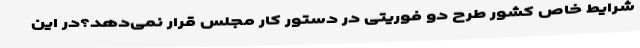
شرایط خاص کشور طرح دو فوریتی در دستور کار مجلس قرار نمی‌دهد؟در این